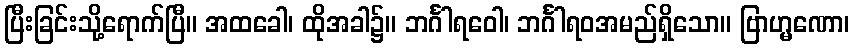
ပြီးခြင်းသို့ရောက်ပြီ။ အထခေါ၊ ထိုအခါ၌။ ဘင်္ဂါရဝေါ၊ ဘင်္ဂါရဝအမည်ရှိသော။ ဗြာဟ္မဏော၊